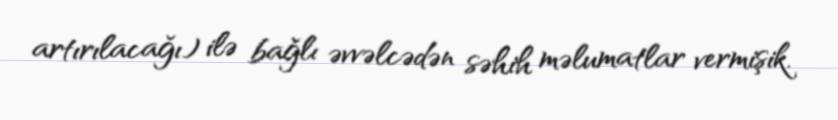
artırılacağı) ilə bağlı əvvəlcədən səhih məlumatlar vermişik.